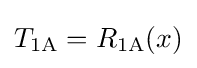
T_{\text{1A}}=R_{\text{1A}}(x)